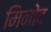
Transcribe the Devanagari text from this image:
मिनोद